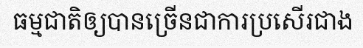
ធម្មជាតិឲ្យបានច្រើនជាការប្រសើរជាង